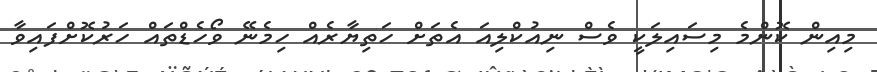
މިއިން ކޮންމެ މިސައިލަކީ ވެސް ނިއުކްލިއަ އެތަށް ހަތިޔާރެއް ހިމެނޭ ވޯހެޑްތައް ހަރުކޮށްފައިވާ